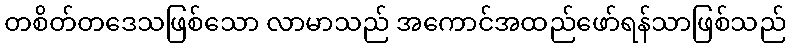
တစိတ်တဒေသဖြစ်သော လာမာသည် အကောင်အထည်ဖော်ရန်သာဖြစ်သည်